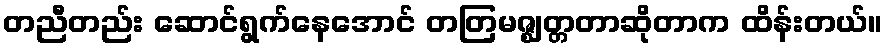
တညီတည်း ဆောင်ရွက်နေအောင် တတြမဇ္ဈတ္တတာဆိုတာက ထိန်းတယ်။